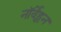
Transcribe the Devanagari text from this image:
नॉर्वेहून